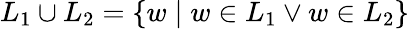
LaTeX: L_{1}\cup L_{2}=\{ w\mid w\in L_{1}\lor w\in L_{2}\}